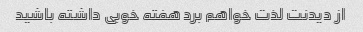
از دیدنت لذت خواهم برد هفته خوبی داشته باشید